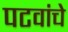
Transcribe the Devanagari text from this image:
पटवांचे